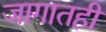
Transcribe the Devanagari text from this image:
जागातही